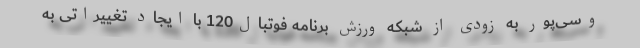
وسی‌پور به زودی از شبکه ورزش برنامه فوتبال120 با ایجاد تغییراتی به